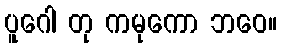
ပူဂေါ တု ကမုကော ဘဝေ။